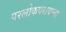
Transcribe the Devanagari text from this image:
परलोकपरायण्ता